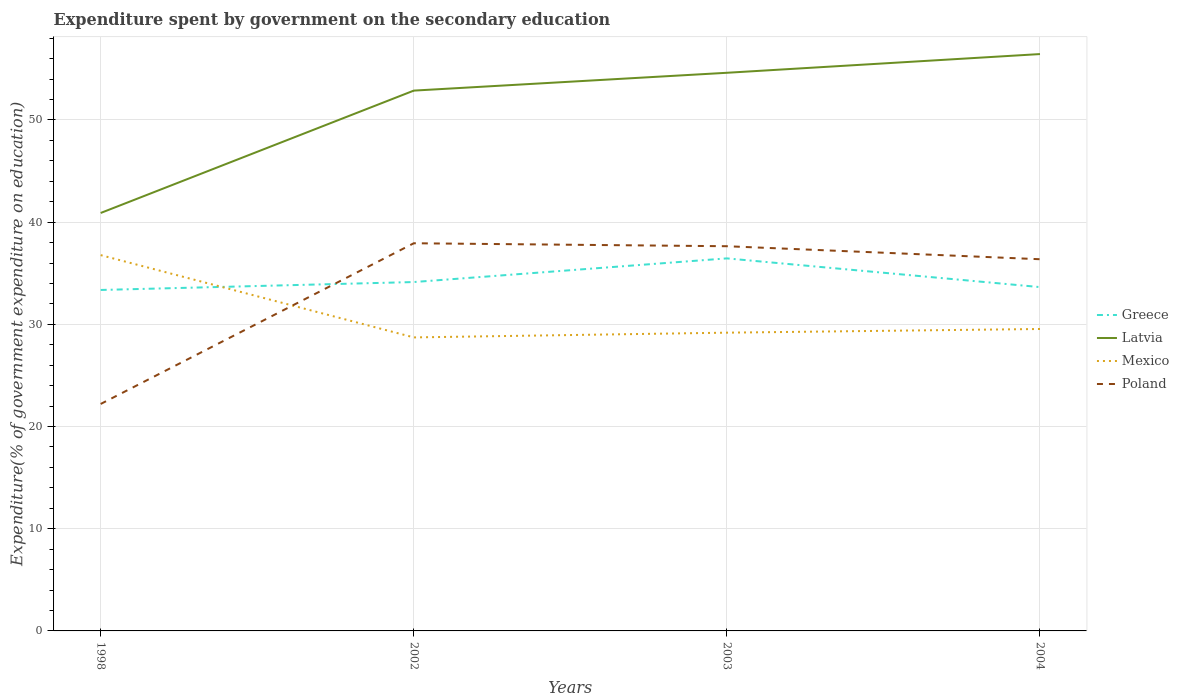
| Years | Greece | Latvia | Mexico | Poland |
 | --- | --- | --- | --- | --- |
 | 1998 | 33.4 | 40.9 | 36.8 | 22.2 |
 | 2002 | 34.1 | 52.9 | 28.7 | 37.9 |
 | 2003 | 36.5 | 54.6 | 29.2 | 37.6 |
 | 2004 | 33.6 | 56.4 | 29.5 | 36.4 |